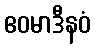
ဧဝမာဒီနဝံ